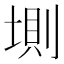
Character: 𡍫